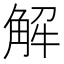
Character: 解